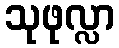
သုဖုလ္လာ